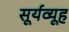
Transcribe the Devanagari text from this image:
सूर्यव्यूह